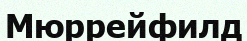
Мюррейфилд